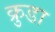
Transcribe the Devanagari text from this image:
क्रुडा